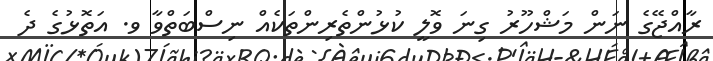
ރާއްޖޭގެ ނަން މަޝްހޫރު ގިނަ ވޮލީ ކުޅުންތެރިންތަކެއް ނިސްބަތްވާ ވ. އަތޮޅުގެ ދެ